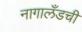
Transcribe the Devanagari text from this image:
नागालँडची